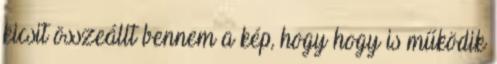
kicsit összeállt bennem a kép, hogy hogy is működik